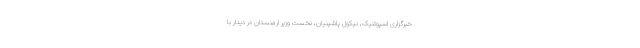
خبرگزاری اسپوتنیک، نیکول پاشینیان، نخست وزیر ارمنستان در دیدار با